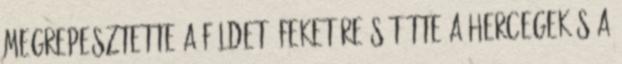
megrepesztette a földet, feketére sütötte a hercegek s a